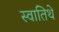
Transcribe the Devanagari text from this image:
स्वातिथे